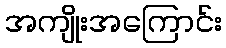
အကျိုးအကြောင်း